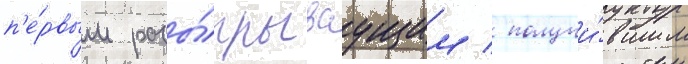
п'е́рвым разы́грываущим / получи́вшим